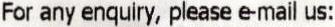
FOR ANY ENQUIRY, PLEASE E-MAIL US: